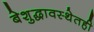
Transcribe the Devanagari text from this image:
बेशुद्धावस्थेतही